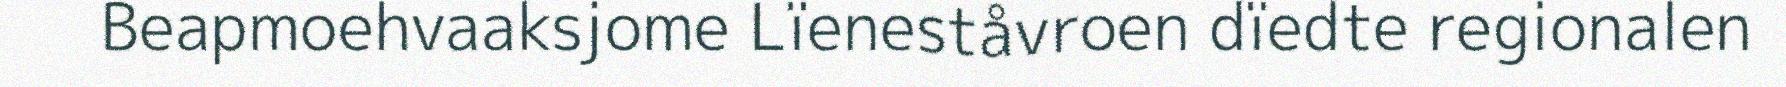
Beapmoehvaaksjome Lïeneståvroen dïedte regionalen